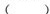
()